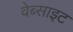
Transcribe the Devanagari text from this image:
वेब्साइट